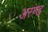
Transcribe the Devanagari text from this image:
अरण्ड